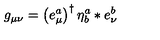
g _ { \mu \nu } = \left( e _ { \mu } ^ { a } \right) ^ { \dagger } \eta _ { b } ^ { a } \ast e _ { \nu } ^ { b }